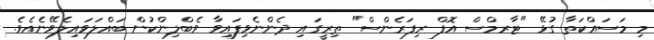
މި މަސައްކަތާ ގުޅޭ "ޓާރމްސް އޮފް ރިފަރެންސް" ތިރީގައި ދެންނެވިފައިވާ ވެބްލިންކުން ބައްލަވައިލެވޭނެއެވެ.